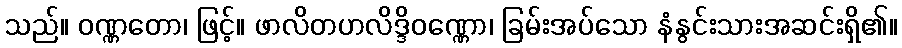
သည်။ ဝဏ္ဏတော၊ ဖြင့်။ ဖာလိတဟလိဒ္ဒိဝဏ္ဏော၊ ခြမ်းအပ်သော နံနွင်းသားအဆင်းရှိ၏။